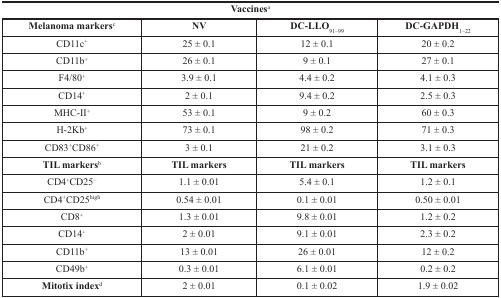
<table><thead><tr><td colspan="4"><b>Vaccines<sup>a</sup></b></td></tr><tr><td><b>Melanoma markers<sup>c</sup></b></td><td><b>NV</b></td><td><b>DC-LLO<sub>91–99</sub></b></td><td><b>DC-GAPDH<sub>1–22</sub></b></td></tr></thead><tbody><tr><td>CD11c<sup>+</sup></td><td>25 ± 0.1</td><td>12 ± 0.1</td><td>20 ± 0.2</td></tr><tr><td>CD11b<sup>+</sup></td><td>26 ± 0.1</td><td>9 ± 0.1</td><td>27 ± 0.1</td></tr><tr><td>F4/80<sup>+</sup></td><td>3.9 ± 0.1</td><td>4.4 ± 0.2</td><td>4.1 ± 0.3</td></tr><tr><td>CD14<sup>+</sup></td><td>2 ± 0.1</td><td>9.4 ± 0.2</td><td>2.5 ± 0.3</td></tr><tr><td>MHC-II<sup>+</sup></td><td>53 ± 0.1</td><td>9 ± 0.2</td><td>60 ± 0.3</td></tr><tr><td>H-2Kb<sup>+</sup></td><td>73 ± 0.1</td><td>98 ± 0.2</td><td>71 ± 0.3</td></tr><tr><td>CD83<sup>+</sup>CD86<sup>+</sup></td><td>3 ± 0.1</td><td>21 ± 0.2</td><td>3.1 ± 0.3</td></tr><tr><td><b>TIL markers</b><sup>b</sup></td><td><b>TIL markers</b></td><td><b>TIL markers</b></td><td><b>TIL markers</b></td></tr><tr><td>CD4<sup>+</sup>CD25<sup>−</sup></td><td>1.1 ± 0.01</td><td>5.4 ± 0.1</td><td>1.2 ± 0.1</td></tr><tr><td>CD4<sup>+</sup>CD25<sup>high</sup></td><td>0.54 ± 0.01</td><td>0.1 ± 0.01</td><td>0.50 ± 0.01</td></tr><tr><td>CD8<sup>+</sup></td><td>1.3 ± 0.01</td><td>9.8 ± 0.01</td><td>1.2 ± 0.2</td></tr><tr><td>CD14<sup>+</sup></td><td>2 ± 0.01</td><td>9.1 ± 0.01</td><td>2.3 ± 0.2</td></tr><tr><td>CD11b<sup>+</sup></td><td>13 ± 0.01</td><td>26 ± 0.01</td><td>12 ± 0.2</td></tr><tr><td>CD49b<sup>+</sup></td><td>0.3 ± 0.01</td><td>6.1 ± 0.01</td><td>0.2 ± 0.2</td></tr><tr><td><b>Mitotix index</b><sup>d</sup></td><td>2 ± 0.01</td><td>0.1 ± 0.02</td><td>1.9 ± 0.02</td></tr></tbody></table>